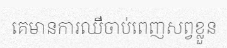
គេមានការឈឺចាប់ពេញសព្វខ្លួន